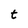
Character: t